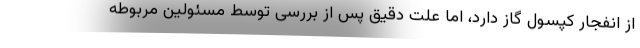
از انفجار کپسول گاز دارد، اما علت دقیق پس از بررسی توسط مسئولین مربوطه